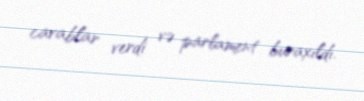
cavablar verdi və parlament buraxıldı.